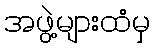
အဖွဲ့များထံမှ